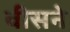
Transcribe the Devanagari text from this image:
वीसने